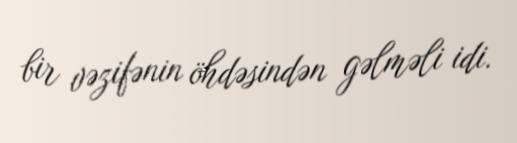
bir vəzifənin öhdəsindən gəlməli idi.